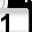
Digit: 1